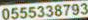
0555338793